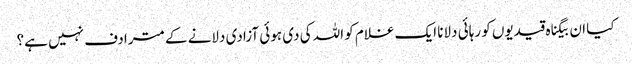
کیا ان بیگناہ قیدیوں کو رہائی دلانا ایک غلام کو اللہ کی دی ہوئی آزادی دلانے کے مترادف نہیں ہے؟